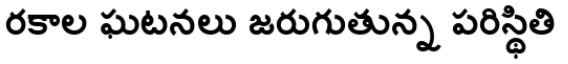
రకాల ఘటనలు జరుగుతున్న పరిస్థితి